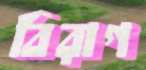
বিরাগ